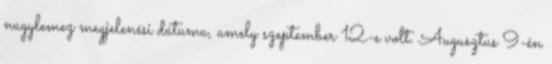
nagylemez megjelenési dátuma, amely szeptember 12-e volt. Augusztus 9-én